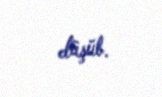
düşüb.